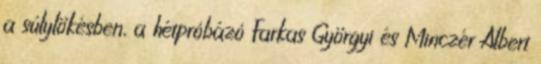
a súlylökésben, a hétpróbázó Farkas Györgyi és Minczér Albert